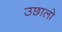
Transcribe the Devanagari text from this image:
उछालो